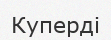
Куперді